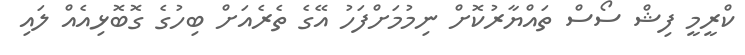
ކްރީމީ ފިޝް ސޯސް ތައްޔާރުކޮށް ނިމުމަށްފަހު އޭގެ ތެރެއަށް ބިހުގެ ގޮބޮޅިއެއް ލައި